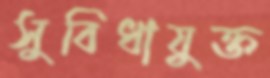
সুবিধাযুক্ত